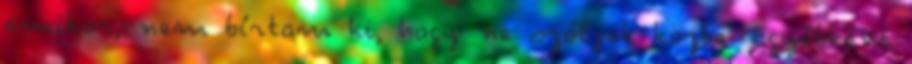
amikor, nem bírtam ki, hogy ne szóljak közbe. Egyébként